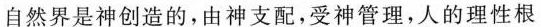
自然界是神创造的，由神支配，受神管理，人的理性根